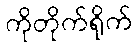
ကိုတိုက်ရိုက်